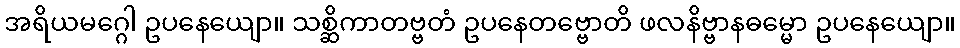
အရိယမဂ္ဂေါ ဥပနေယျော။ သစ္ဆိကာတဗ္ဗတံ ဥပနေတဗ္ဗောတိ ဖလနိဗ္ဗာနဓမ္မော ဥပနေယျော။